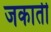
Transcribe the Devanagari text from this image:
जकाती